Civil Veterinary Dept. Bombay admin report 1932-41 - 1932-1941
Year: 1932
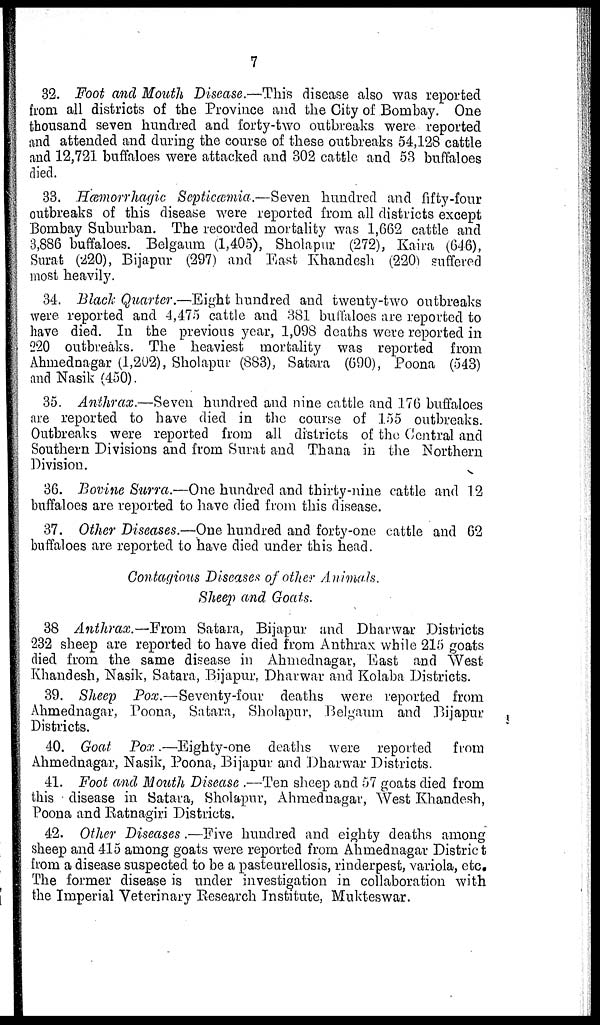
7
32. Foot and Mouth Disease.—This disease also was reported
from all districts of the Province and the City of Bombay. One
thousand seven hundred and forty-two outbreaks were reported
and attended and during the course of these outbreaks 54,128 cattle
and 12,721 buffaloes were attacked and 302 cattle and 53 buffaloes
died.
33. Hæmorrhagic Septicæmia.—Seven hundred and fifty-four
outbreaks of this disease were reported from all districts except
Bombay Suburban. The recorded mortality was 1,662 cattle and
3,886 buffaloes. Belgaum (1,405), Sholapur (272), Kaira (646),
Surat (220), Bijapur (297) and East Khandesh (220) suffered
most heavily.
34. Black Quarter.—Eight hundred and twenty-two outbreaks
were reported and 4,475 cattle and 381 buffaloes are reported to
have died. In the previous year, 1,098 deaths were reported in
220 outbreaks. The heaviest mortality was reported from
Ahmednagar (1,202), Sholapur (883), Satara (690), Poona (543)
and Nasik (450).
35. Anthrax.—Seven hundred and nine cattle and 176 buffaloes
are reported to have died in the course of 155 outbreaks.
Outbreaks were reported from all districts of the Central and
Southern Divisions and from Surat and Thana in the Northern
Division.
36. Bovine Surra.—One hundred and thirty-nine cattle and 12
buffaloes are reported to have died from this disease.
37. Other Diseases.—One hundred and forty-one cattle and 62
buffaloes are reported to have died under this head.
Contagious Diseases of other Animals.
Sheep and Goats.
38 Anthrax.—From Satara, Bijapur and Dharwar Districts
232 sheep are reported to have died from Anthrax while 215 goats
died from the same disease in Ahmednagar, East and West
Khandesh, Nasik, Satara, Bijapur, Dharwar and Kolaba Districts.
39. Sheep Pox.—Seventy-four deaths were reported from
Ahmednagar, Poona, Satara, Sholapur, Belgaum and Bijapur
Districts.
40. Goat Pox.—Eighty-one deaths were reported from
Ahmednagar, Nasik, Poona, Bijapur and Dharwar Districts.
41. Foot and Mouth Disease .—Ten sheep and 57 goats died from
this disease in Satara, Sholapur, Ahmednagar, West Khandesh,
Poona and Ratnagiri Districts.
42. Other Diseases.—Five hundred and eighty deaths among
sheep and 415 among goats were reported from Ahmednagar District
from a disease suspected to be a pasteurellosis, rinderpest, variola, etc
The former disease is under investigation in collaboration with
the Imperial Veterinary Research Institute, Mukteswar.